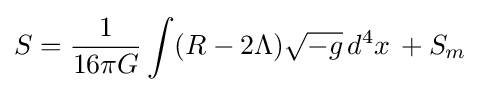
S={1 \over 16\pi G}\int (R-2\Lambda ){\sqrt {-g}}\,d^{4}x\,+S_{m}\;